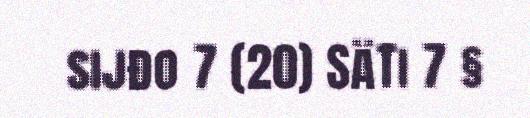
sijđo 7 (20) SäTi 7 §